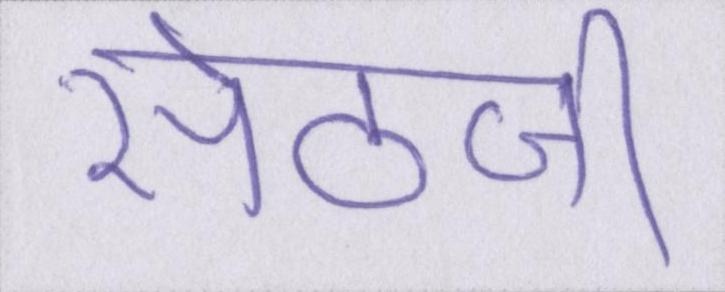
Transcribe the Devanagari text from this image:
सेठजी